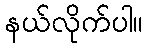
နယ်လိုက်ပါ။